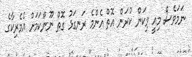
ނަމަވެސް މިއީ މިކަން ކުރަން އޮތް އެންމެ ރަނގަޅު ގޮތް ނޫންކަމަށް އެމެރިކާގެ